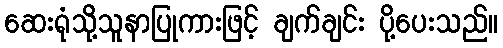
ဆေးရုံသို့သူနာပြုကားဖြင့် ချက်ချင်း ပို့ပေးသည်။